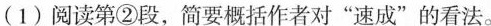
（1）阅读第②段，简要概括作者对”速成”的看法。